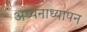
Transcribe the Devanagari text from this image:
अध्यनाध्यापन